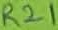
Text: R21